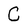
Character: C